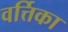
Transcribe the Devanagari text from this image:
वर्त्तिका